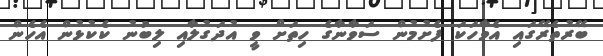
ބޭރުތެރޭގައި އެވާހަކަ ފެށުމުން ސަވާނާގެ ހިތަށް ވީ އުދަގުލާއި ލިބުނު ކެކުޅުން އެހެން